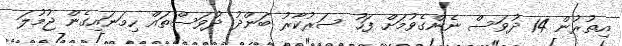
އިތުރުން 14 ދުވަސް ނެންގެވުމަށް ފަހު ސަރުކާރު ބަންދު ދުވަސްތައް ހިމަނައިގެން ޖުމުލަ